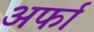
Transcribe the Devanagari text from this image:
अर्फा